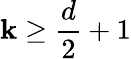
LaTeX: \mathbf{k}\geq\frac{{d}}{{2}}+1